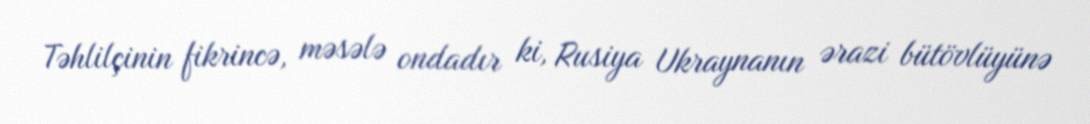
Təhlilçinin fikrincə, məsələ ondadır ki, Rusiya Ukraynanın ərazi bütövlüyünə